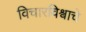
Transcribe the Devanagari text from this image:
विचारविश्वाचे